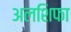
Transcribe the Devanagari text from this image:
अलशिफा